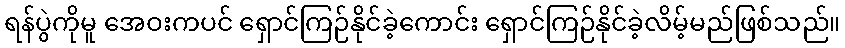
ရန်ပွဲကိုမူ အေဝးကပင် ရှောင်ကြဉ်နိုင်ခဲ့ကောင်း ရှောင်ကြဉ်နိုင်ခဲ့လိမ့်မည်ဖြစ်သည်။